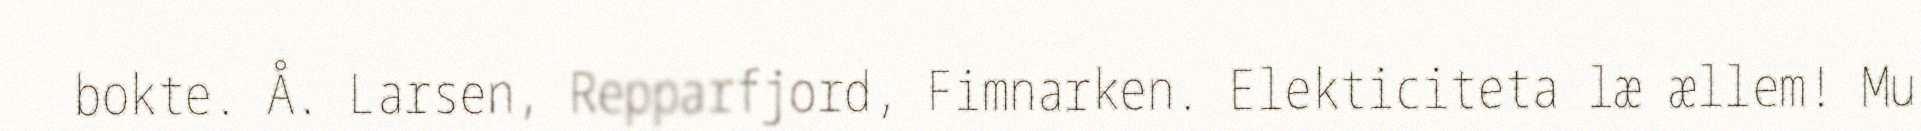
bokte. Å. Larsen, Repparfjord, Fimnarken. Elekticiteta læ ællem! Mu